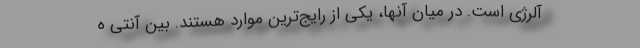
آلرژی است. در میان آنها، یکی از رایج‌ترین موارد هستند. بین آنتی ه